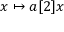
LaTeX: x \mapsto a [ 2 ] x